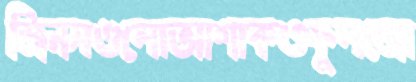
জিনসগুলোআশাকওফুলজো